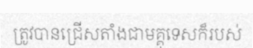
ត្រូវបានជ្រើសតាំងជាមគ្គុទេសក៏របស់